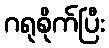
ဂရုစိုက်ပြီး